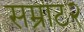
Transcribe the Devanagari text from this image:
सम्राट२